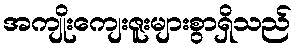
အကျိုးကျေးဇူးများစွာရှိသည်